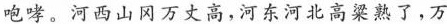
咆哮，黄河在咆哮。河西山冈万丈高，河东河北高粱熟了，万